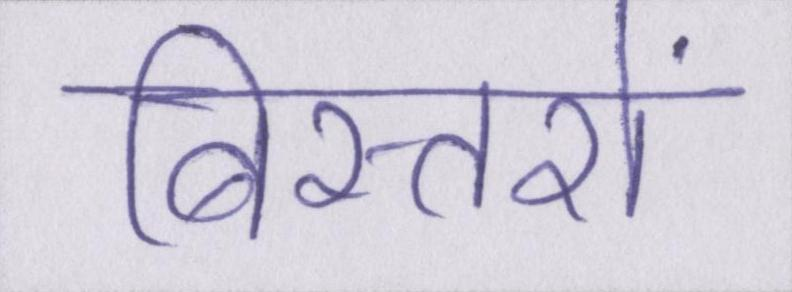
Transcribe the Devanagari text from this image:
बिस्तरों